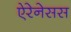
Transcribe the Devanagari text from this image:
ऐरेनेसस